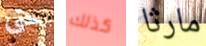
حتى كذلك مارثا